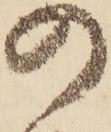
の